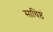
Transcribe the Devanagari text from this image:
साधिष्ठं